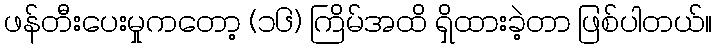
ဖန်တီးပေးမှုကတော့ (၁၆) ကြိမ်အထိ ရှိထားခဲ့တာ ဖြစ်ပါတယ်။